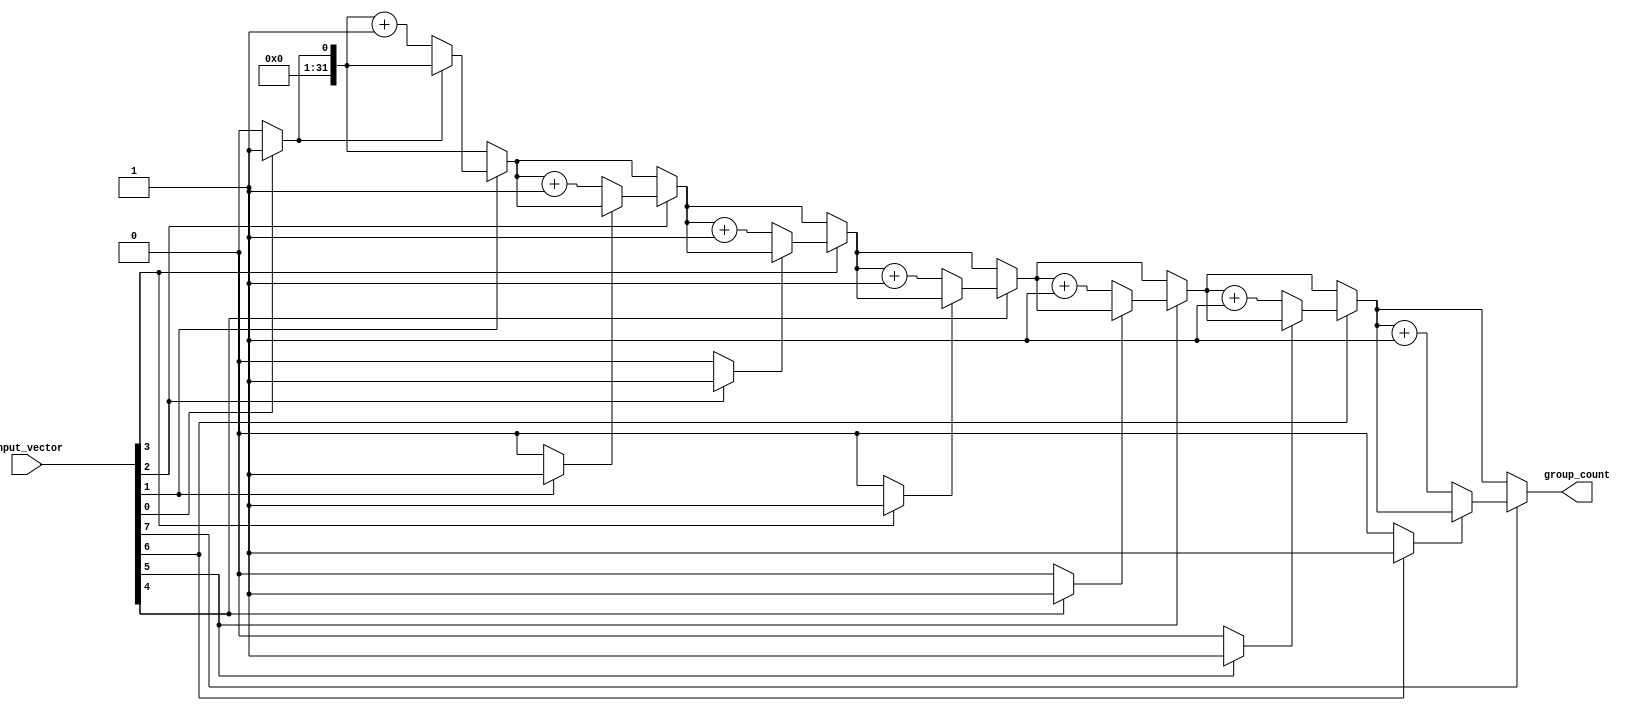
module group_of_ones #(parameter N = 8) (
    input  wire [N-1:0] input_vector,
    output reg  [31:0] group_count // Assuming the count won't exceed 32
);

    integer i;
    reg in_group;

    always @* begin
        group_count = 0;  // Initialize group count
        in_group = 0;     // Initialize in_group flag

        // Traverse the input_vector from LSB to MSB
        for (i = 0; i < N; i = i + 1) begin
            if (input_vector[i] == 1'b1) begin
                if (!in_group) begin
                    group_count = group_count + 1; // New group found
                    in_group = 1'b1;                // Set in group
                end
            end else begin
                in_group = 1'b0; // Not in a group anymore
            end
        end
    end
endmodule